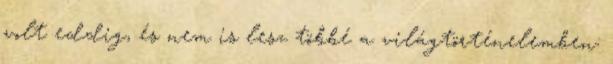
volt eddig, és nem is lesz többé a világtörténelemben: